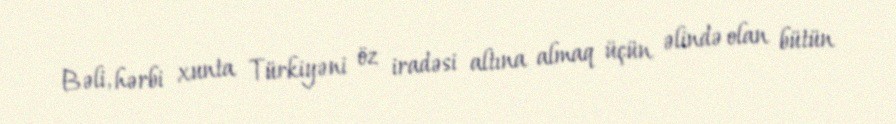
Bəli, hərbi xunta Türkiyəni öz iradəsi altına almaq üçün əlində olan bütün